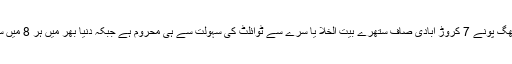
عالمی ترقیاتی ادارے واٹر ایڈ کے مطابق پاکستان کی لگ بھگ پونے 7 کروڑ آبادی صاف ستھرے بیت الخلا یا سرے سے ٹوائلٹ کی سہولت سے ہی محروم ہے جبکہ دنیا بھر میں ہر 8 میں سے 1 شخص کو محفوظ بیت الخلا تک رسائی دستیاب نہیں۔